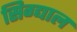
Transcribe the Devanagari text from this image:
सिग्द्याल